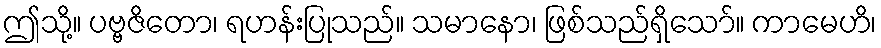
ဤသို့။ ပဗ္ဗဇိတော၊ ရဟန်းပြုသည်။ သမာနော၊ ဖြစ်သည်ရှိသော်။ ကာမေဟိ၊